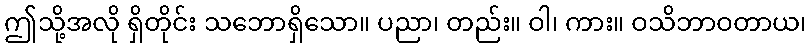
ဤသို့အလို ရှိတိုင်း သဘောရှိသော။ ပညာ၊ တည်း။ ဝါ၊ ကား။ ဝသိဘာဝတာယ၊